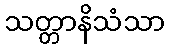
သတ္တာနိသံသာ